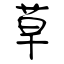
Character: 草